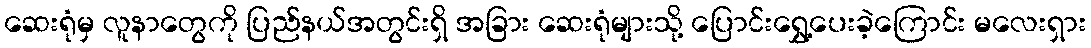
ဆေးရုံမှ လူနာတွေကို ပြည်နယ်အတွင်းရှိ အခြား ဆေးရုံများသို့ ပြောင်းရွှေ့ပေးခဲ့ကြောင်း မလေးရှား